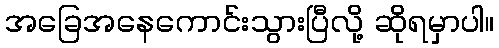
အခြေအနေကောင်းသွားပြီလို့ ဆိုရမှာပါ။